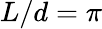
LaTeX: L/d=\pi